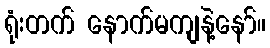
ရုံးတက် နောက်မကျနဲ့နော်။